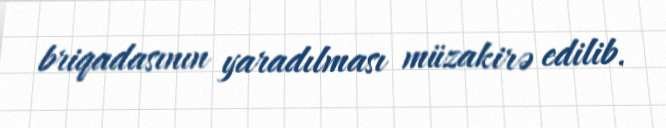
briqadasının yaradılması müzakirə edilib.